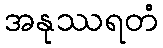
အနုဿရတံ